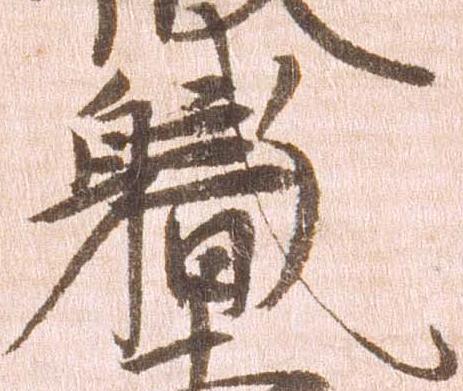
職